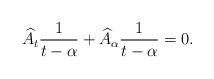
LaTeX: \begin{align*}{\widehat A}_t\frac{1}{t-\alpha}+{\widehat A}_\alpha\frac{1}{t-\alpha}=0.\end{align*}